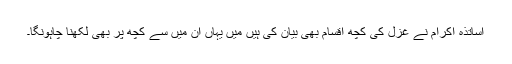
اساتذہ اکرام نے غزل کی کچھ اقسام بھی بیان کی ہیں میں یہاں اُن میں سے کچھ پر بھی لکھنا چاہونگا۔